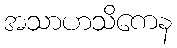
အသာဟသိကေန